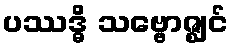
ပဿဒ္ဓိ သဗ္ဗောဇ္ဈင်